Indian journal of veterinary science and animal husbandry - Volume 13,
Year: 1943
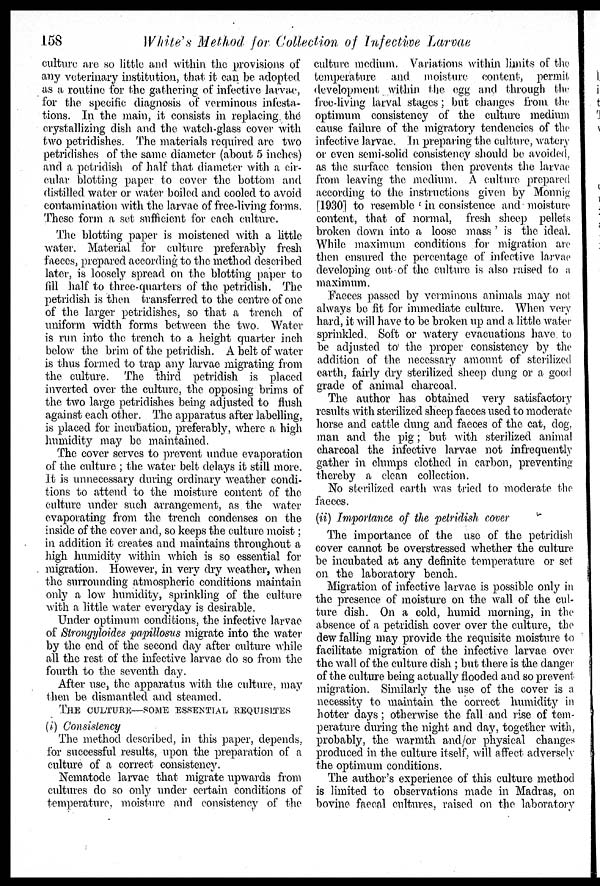
158
White's Method for Collection of Infective Larvae
culture are so little and within the provisions of
any veterinary institution, that it can be adopted
as a routine for the gathering of infective larvae,
for the specific diagnosis of verminous infesta-
tions. In the main, it consists in replacing the
crystallizing dish and the watch-glass cover with
two petridishes. The materials required are two
petridishes of the same diameter (about 5 inches)
and a petridish of half that diameter with a cir-
cular blotting paper to cover the bottom and
distilled water or water boiled and cooled to avoid
contamination with the larvae of free-living forms.
These form a set sufficient for each culture.
The blotting paper is moistened with a little
water. Material for culture preferably fresh
faeces, prepared according to the method described
later, is loosely spread on the blotting paper to
fill half to three-quarters of the petridish. The
petridish is then transferred to the centre of one
of the larger petridishes, so that a trench of
uniform width forms between the two. Water
is run into the trench to a height quarter inch
below the brim of the petridish. A belt of water
is thus formed to trap any larvae migrating from
the culture. The third petridish is placed
inverted over the culture, the opposing brims of
the two large petridishes being adjusted to flush
against each other. The apparatus after labelling,
is placed for incubation, preferably, where a high
humidity may be maintained.
The cover serves to prevent undue evaporation
of the culture ; the water belt delays it still more.
It is unnecessary during ordinary weather condi-
tions to attend to the moisture content of the
culture under such arrangement, as the water
evaporating from the trench condenses on the
inside of the cover and, so keeps the culture moist ;
in addition it creates and maintains throughout a
high humidity within which is so essential for
migration. However, in very dry weather, when
the surrounding atmospheric conditions maintain
only a low humidity, sprinkling of the culture
with a little water everyday is desirable.
Under optimum conditions, the infective larvae
of Strongyloides papillosus migrate into the water
by the end of the second day after culture while
all the rest of the infective larvae do so from the
fourth to the seventh day.
After use, the apparatus with the culture, may
then be dismantled and steamed.
THE CULTURE—SOME ESSENTIAL REQUISITES
(i) Consistency
The method described, in this paper, depends,
for successful results, upon the preparation of a
culture of a correct consistency.
Nematode larvae that migrate upwards from
cultures do so only under certain conditions of
temperature, moisture and consistency of the
culture medium. Variations within limits of the
temperature and moisture content, permit
development within the egg and through the
free-living larval stages; but changes from the
optimum consistency of the culture medium
cause failure of the migratory tendencies of the
infective larvae. In preparing the culture, watery
or even semi-solid consistency should be avoided,
as the surface tension then prevents the larvae
from leaving the medium. A culture prepared
according to the instructions given by Monnig
[1930] to resemble 'in consistence and moisture
content, that of normal, fresh sheep pellets
broken down into a loose mass' is the ideal.
While maximum conditions for migration are
then ensured the percentage of infective larvae
developing out of the culture is also raised to a
maximum.
Faeces passed by verminous animals may not
always be fit for immediate culture. When very
hard, it will have to be broken up and a little water
sprinkled. Soft or watery evacuations have to
be adjusted to' the proper consistency by the
addition of the necessary amount of sterilized
earth, fairly dry sterilized sheep dung or a good
grade of animal charcoal.
The author has obtained very satisfactory
results with sterilized sheep faeces used to moderate
horse and cattle dung and faeces of the cat, dog,
man and the pig; but with sterilized animal
charcoal the infective larvae not infrequently
gather in clumps clothed in. carbon, preventing
thereby a clean collection.
No sterilized earth was tried to moderate the
faeces.
(ii) Importance of the petridish cover
The importance of the use of the petridish
cover cannot be overstressed whether the culture
be incubated at any definite temperature or set
on the laboratory bench.
Migration of infective larvae is possible only in
the presence of moisture on the wall of the cul-
ture dish. On a cold, humid morning, in the
absence of a petridish cover over the culture, the
dew falling may provide the requisite moisture to
facilitate migration of the infective larvae over
the wall of the culture dish; but there is the danger
of the culture being actually flooded and so prevent
migration. Similarly the use of the cover is a
necessity to maintain the correct humidity in
hotter days; otherwise the fall and rise of tem-
perature during the night and day, together with,
probably, the warmth and/or physical changes
produced in the culture itself, will affect adversely
the optimum conditions.
The author's experience of this culture method
is limited to observations made in Madras, on
bovine faecal cultures, raised on the laboratory